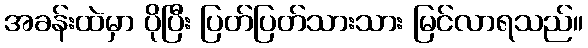
အခန်းထဲမှာ ပိုပြီး ပြတ်ပြတ်သားသား မြင်လာရသည်။